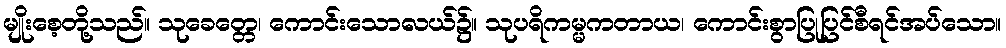
မျိုးစေ့တို့သည်။ သုခေတ္တေ၊ ကောင်းသောလယ်၌။ သုပရိကမ္မကတာယ၊ ကောင်းစွာပြုပြင်စီရင်အပ်သော။